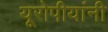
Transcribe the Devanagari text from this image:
यूरोपीयांनी